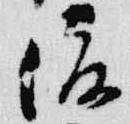
俊